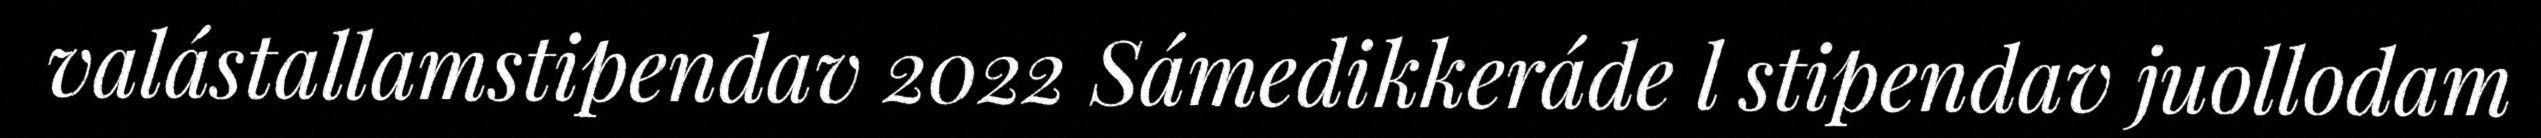
valástallamstipendav 2022 Sámedikkeráde l stipendav juollodam